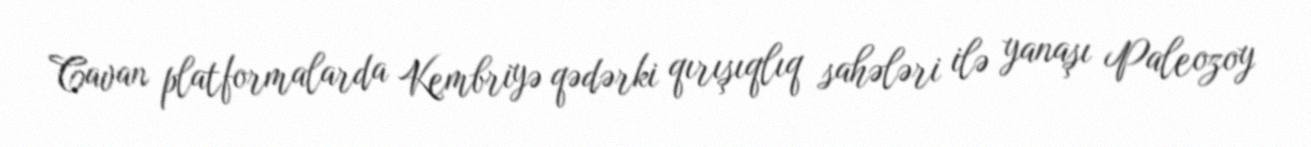
Cavan platformalarda Kembriyə qədərki qırışıqlıq sahələri ilə yanaşı Paleozoy